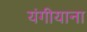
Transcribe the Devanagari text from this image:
यंगीयाना